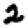
Digit: 2